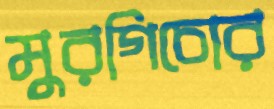
মুরগিচোর